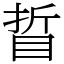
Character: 䀸